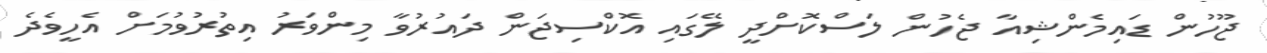
ޖޫހުން ޑައިމެންޝިއާ ޖެހުން ލަސްކޮށްދީ ލޭގައި އޮކްސިޖަން ދައުރުވާ މިންވަރު އިތުރުވުމަށް އެހީވެދެ